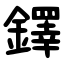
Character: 鐸